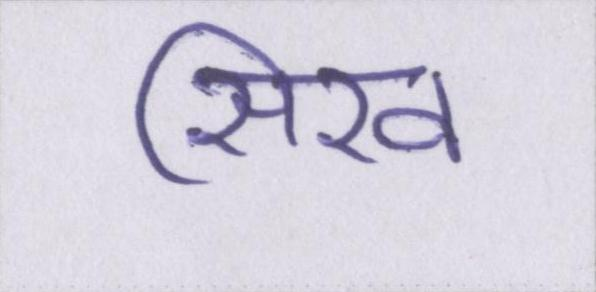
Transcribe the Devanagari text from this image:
सिख